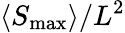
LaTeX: \langle S_{\mathrm{max}}\rangle/L^{2}